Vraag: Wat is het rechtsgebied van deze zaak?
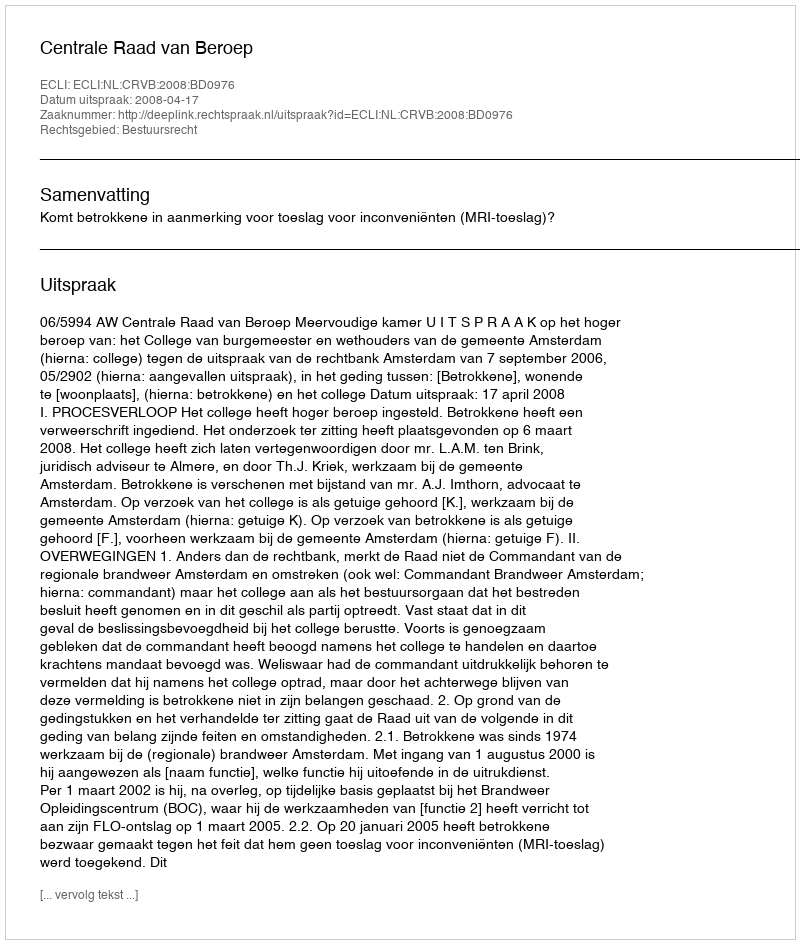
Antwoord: Bestuursrecht